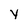
Character: Y